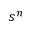
s ^ { n }